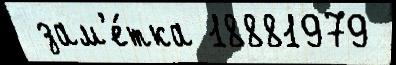
 зам'е́тка 18881979